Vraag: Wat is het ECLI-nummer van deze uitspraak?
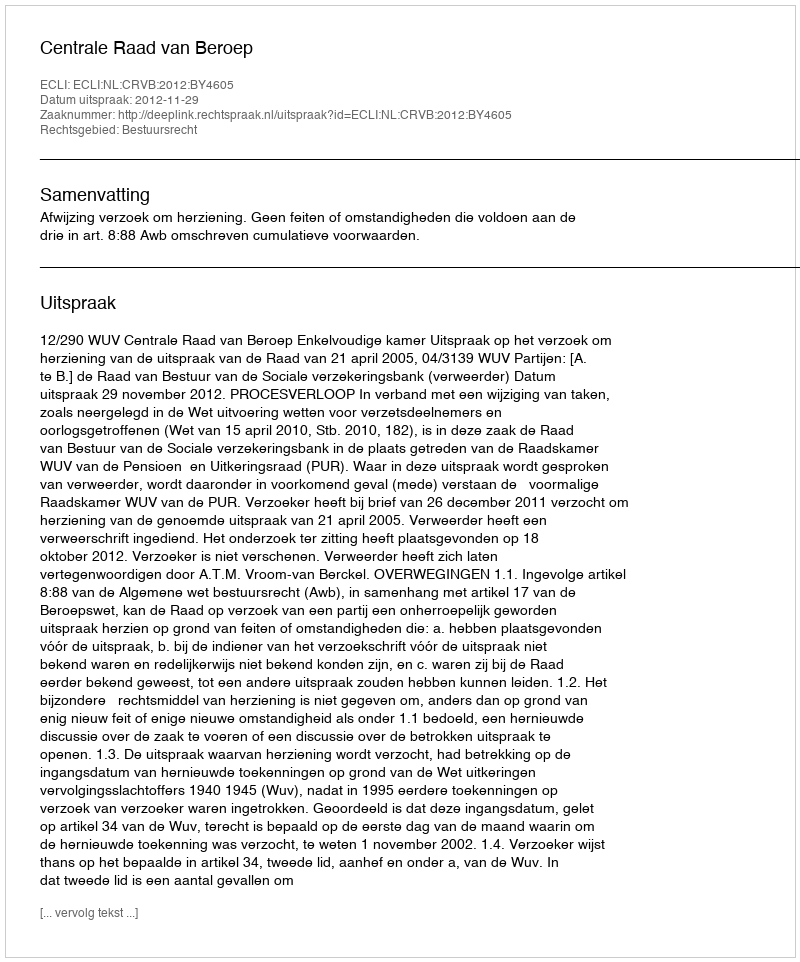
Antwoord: ECLI:NL:CRVB:2012:BY4605